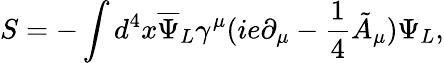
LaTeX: S=-\int d^{4}x{\overline{{{\Psi}}}_{L}}\gamma^{\mu}(ie\partial_{\mu}-\frac{1}{4}{\tilde{A}}_{\mu})\Psi_{L},